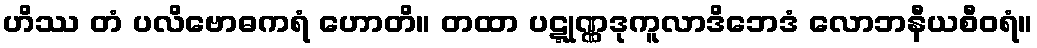
ဟိဿ တံ ပလိဗောဓကရံ ဟောတိ။ တထာ ပဋ္ဋုဏ္ဏဒုကူလာဒိဘေဒံ လောဘနီယစီဝရံ။